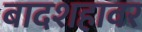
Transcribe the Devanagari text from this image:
बादशहावर